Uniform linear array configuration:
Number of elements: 8
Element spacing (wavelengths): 0.25
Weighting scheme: cosine
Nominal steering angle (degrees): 60
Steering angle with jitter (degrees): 61.461
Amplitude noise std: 0.05
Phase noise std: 0.05

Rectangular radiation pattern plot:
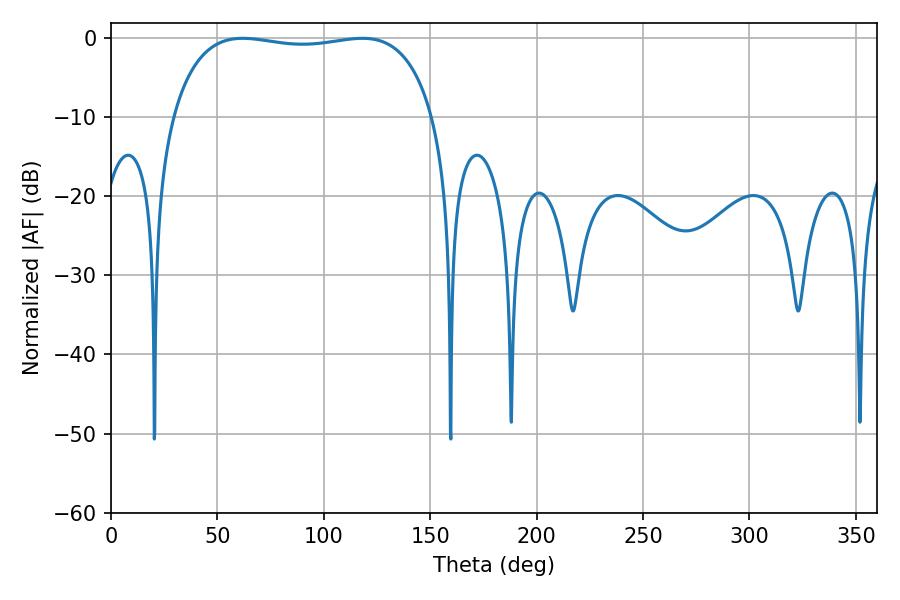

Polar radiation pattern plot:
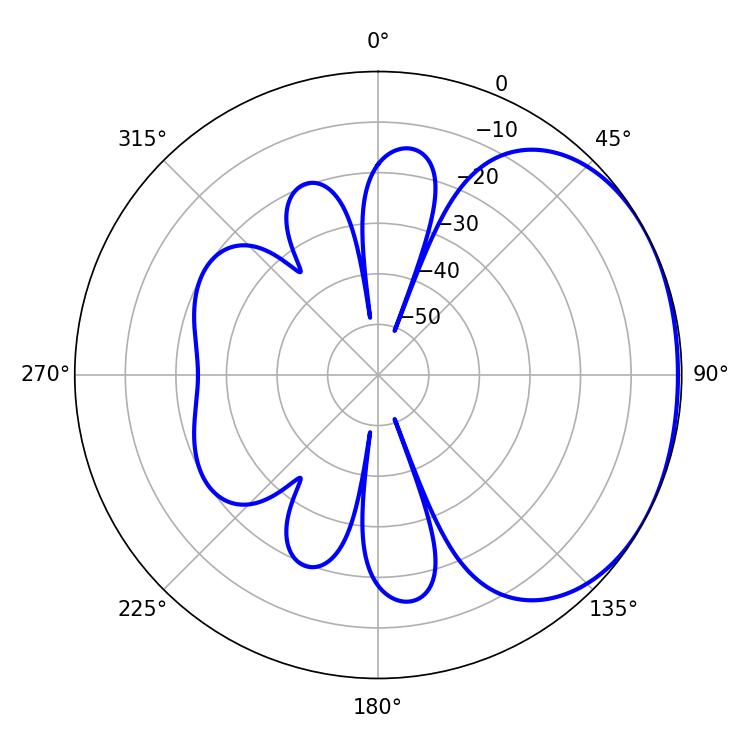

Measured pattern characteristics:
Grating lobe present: FALSE
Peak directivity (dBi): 1.522
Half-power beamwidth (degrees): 98.64
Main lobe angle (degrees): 61.92